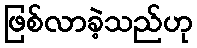
ဖြစ်လာခဲ့သည်ဟု